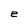
Character: e